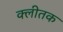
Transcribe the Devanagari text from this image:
क्लीतक